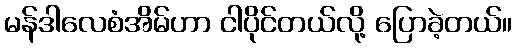
မန်ဒါလေစံအိမ်ဟာ ငါပိုင်တယ်လို့ ပြောခဲ့တယ်။